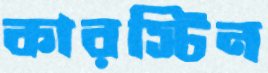
কারস্টিন